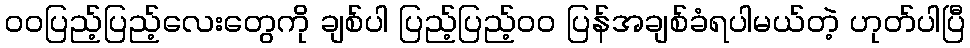
ဝဝပြည့်ပြည့်လေးတွေကို ချစ်ပါ ပြည့်ပြည့်ဝဝ ပြန်အချစ်ခံရပါမယ်တဲ့ ဟုတ်ပါပြီ